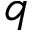
q